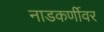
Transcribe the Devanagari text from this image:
नाडकर्णीवर